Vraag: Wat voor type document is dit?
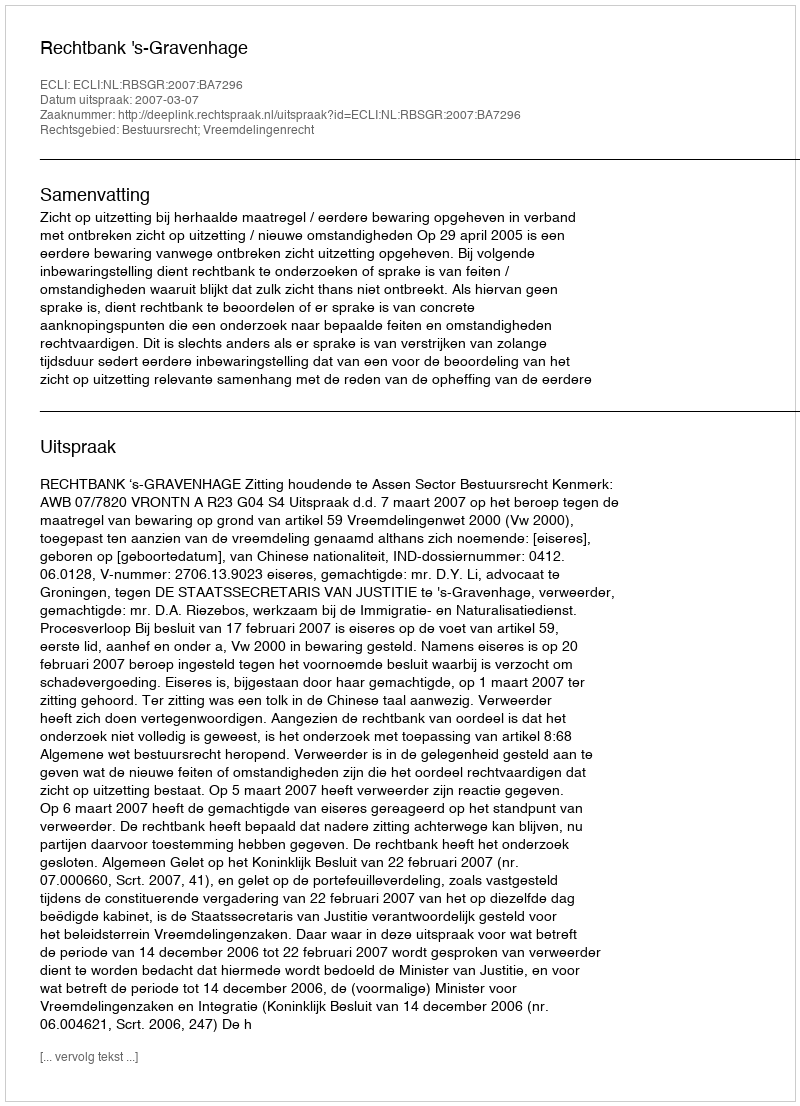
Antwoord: Uitspraak